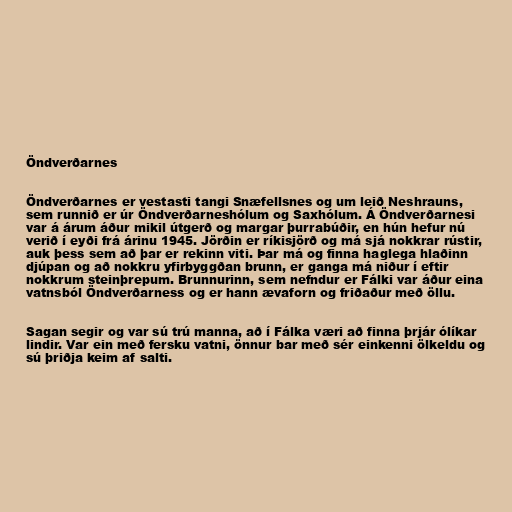
Öndverðarnes

Öndverðarnes er vestasti tangi Snæfellsnes og um leið Neshrauns,
sem runnið er úr Öndverðarneshólum og Saxhólum. Á Öndverðarnesi
var á árum áður mikil útgerð og margar þurrabúðir, en hún hefur nú
verið í eyði frá árinu 1945. Jörðin er ríkisjörð og má sjá nokkrar rústir,
auk þess sem að þar er rekinn viti. Þar má og finna haglega hlaðinn
djúpan og að nokkru yfirbyggðan brunn, er ganga má niður í eftir
nokkrum steinþrepum. Brunnurinn, sem nefndur er Fálki var áður eina
vatnsból Öndverðarness og er hann ævaforn og friðaður með öllu.

Sagan segir og var sú trú manna, að í Fálka væri að finna þrjár ólíkar
lindir. Var ein með fersku vatni, önnur bar með sér einkenni ölkeldu og
sú þriðja keim af salti.